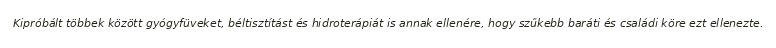
Kipróbált többek között gyógyfüveket, béltisztítást és hidroterápiát is annak ellenére, hogy szűkebb baráti és családi köre ezt ellenezte.